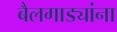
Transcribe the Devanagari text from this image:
बैलगाड्यांना